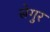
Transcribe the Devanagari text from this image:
सेगुर